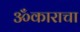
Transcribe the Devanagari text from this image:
ॐकाराचा